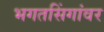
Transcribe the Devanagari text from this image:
भगतसिंगांवर